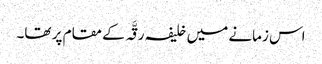
اس زمانے میں خلیفہ رقَّہ کے مقام پر تھا۔